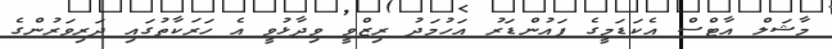
މާޝަލް އާޓްސް އެކަޑަމީގެ ފައުންޑަރު އަހުމަދު ރިޒްވީ ވިދާޅުވީ އެ ހަރަކާތުގައި ދަރިވަރުންގެ